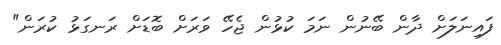
ފައިނަލަށް ދާން ބޭނުން ނަމަ ކުޅުން ޖެހޭ ވަރަށް ބޮޑަށް ރަނގަޅު ކުރަން"